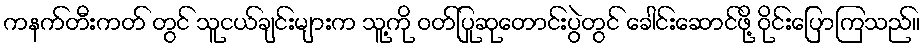
ကနက်တီးကတ် တွင် သူငယ်ချင်းများက သူ့ကို ဝတ်ပြုဆုတောင်းပွဲတွင် ခေါင်းဆောင်ဖို့ ဝိုင်းပြောကြသည်။